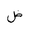
Letter: _dad